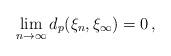
LaTeX: \begin{align*} \lim_{n\to\infty}d_p(\xi_n,\xi_\infty)=0\,,\end{align*}